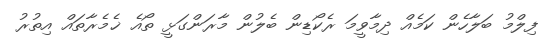
ފިލްމު ބަލާހެން ކަމެއް ދިމާވީމަ ރެކޯޑިން ބެލުން މާރަންގަޅީ ތޯއެ ޚެމެރާތައް އިތުރު